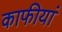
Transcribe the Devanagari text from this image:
काफीयां